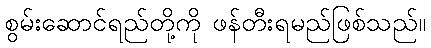
စွမ်းဆောင်ရည်တို့ကို ဖန်တီးရမည်ဖြစ်သည်။